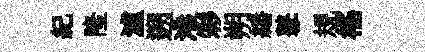
紀隆瀘遡港彩朔繙鼕規徭